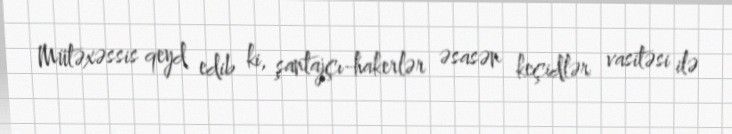
Mütəxəssis qeyd edib ki, şantajçı-hakerlər əsasən keçidlər vasitəsi ilə